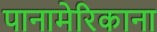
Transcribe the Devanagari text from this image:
पानामेरिकाना